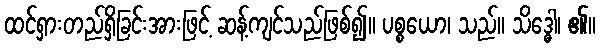
ထင်ရှားတည်ရှိခြင်းအားဖြင့် ဆန့်ကျင်သည်ဖြစ်၍။ ပစ္စယော၊ သည်။ သိဒ္ဓေါ၊ ၏။